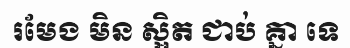
រមែង មិន ស្អិត ជាប់ គ្នា ទេ